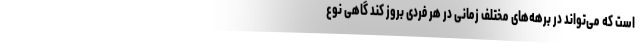
است که می‌تواند در برهه‌های مختلف زمانی در هر فردی بروز کند گاهی نوع